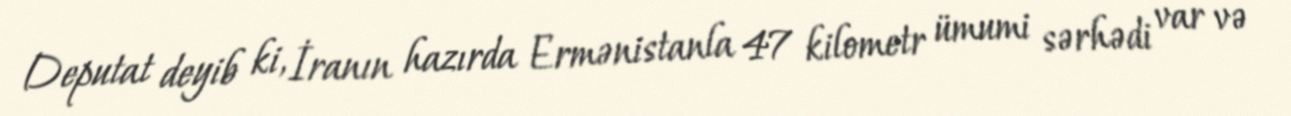
Deputat deyib ki, İranın hazırda Ermənistanla 47 kilometr ümumi sərhədi var və